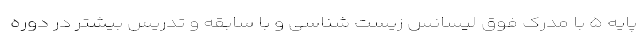
پایه ۵ با مدرک فوق لیسانس زیست شناسی و با سابقه و تدریس بیشتر در دوره